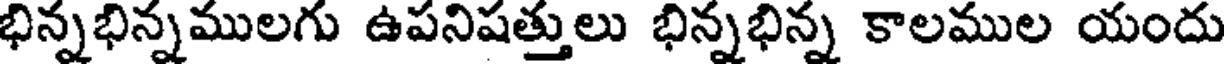
భిన్నభిన్నములగు ఉపనిషత్తులు భిన్నభిన్న కాలముల యందు